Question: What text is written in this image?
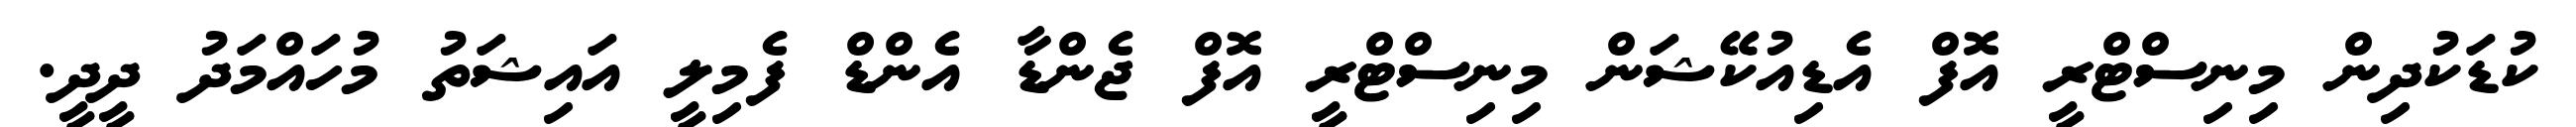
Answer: ކުޑަކުދިން މިނިސްޓްރީ އޮފް އެޑިއުކޭޝަން މިނިސްޓްރީ އޮފް ޖެންޑާ އެންޑް ފެމިލީ އައިޝަތު މުހައްމަދު ދީދީ.